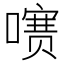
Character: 㗷